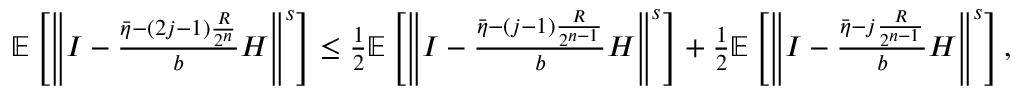
\begin{array} { r } { \mathbb { E } \left[ \left\Vert I - \frac { \bar { \eta } - ( 2 j - 1 ) \frac { R } { 2 ^ { n } } } { b } H \right\Vert ^ { s } \right] \leq \frac { 1 } { 2 } \mathbb { E } \left[ \left\Vert I - \frac { \bar { \eta } - ( j - 1 ) \frac { R } { 2 ^ { n - 1 } } } { b } H \right\Vert ^ { s } \right] + \frac { 1 } { 2 } \mathbb { E } \left[ \left\Vert I - \frac { \bar { \eta } - j \frac { R } { 2 ^ { n - 1 } } } { b } H \right\Vert ^ { s } \right] , } \end{array}